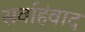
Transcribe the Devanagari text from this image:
सर्वाहंवाद